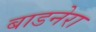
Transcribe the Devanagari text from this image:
बाडनेरा